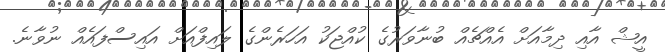
އީޝް އާއި ދިމާއަށް އެއްޗެއް ބުނާވަރުގެ ކުއްޖަކު އަހަރެންގެ ލައިފްއަށް އައިސްފައެއް ނުވާނެ.